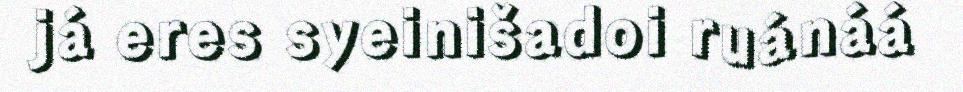
já eres syeinišadoi ruánáá